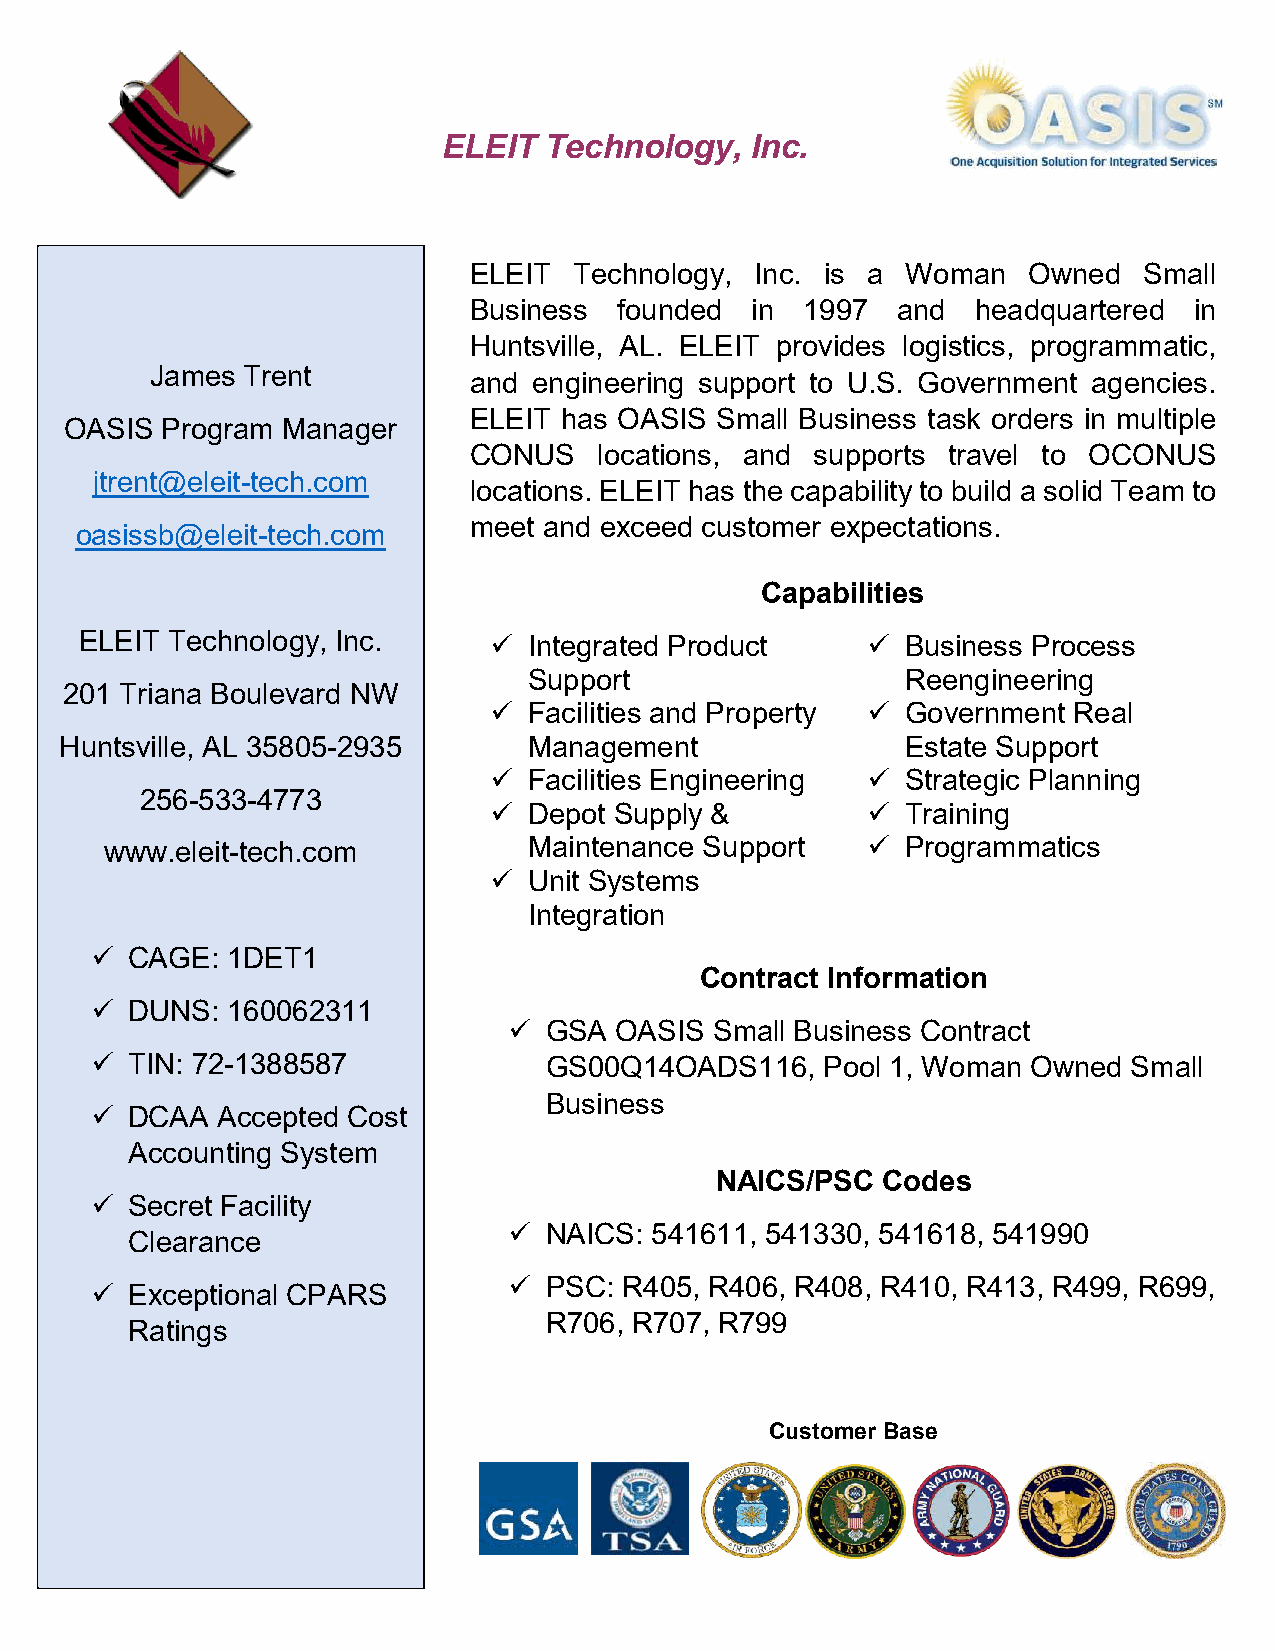
ELEIT  Technology,   Inc.
 ELEIT  Technology, Inc. is a Woman   Owned   Small
 Business  founded  in 1997  and   headquartered in
 Huntsville, AL. ELEIT provides logistics, programmatic,
 James Trent          and engineering support to U.S. Government agencies.
 ELEIT has OASIS Small Business task orders in multiple
 OASIS  Program Manager
 CONUS    locations, and supports travel to OCONUS
 jtrent@eleit-tech.com
 locations. ELEIT has the capability to build a solid Team to
 meet and exceed customer expectations.
 oasissb@eleit-tech.com
 Capabilities
 ELEIT Technology, Inc.       Integrated Product      Business Process
 Support                  Reengineering
 201 Triana Boulevard NW
   Facilities and Property  Government Real
 Huntsville, AL 35805-2935      Management               Estate Support
   Facilities Engineering  Strategic Planning
 256-533-4773
   Depot Supply &          Training
 www.eleit-tech.com          Maintenance Support     Programmatics
   Unit Systems
 Integration
  CAGE:  1DET1
 Contract Information
  DUNS:  160062311
  GSA  OASIS Small Business Contract
  TIN: 72-1388587             GS00Q14OADS116,    Pool 1, Woman Owned Small
 Business
  DCAA  Accepted Cost
 Accounting System
 NAICS/PSC  Codes
  Secret Facility
  NAICS: 541611, 541330, 541618, 541990
 Clearance
  Exceptional CPARS          PSC: R405, R406, R408, R410, R413, R499, R699,
 R706, R707, R799
 Ratings
 Customer Base